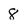
Character: 8